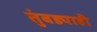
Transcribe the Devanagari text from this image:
तुंबड्याही